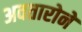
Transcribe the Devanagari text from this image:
अवतारोने